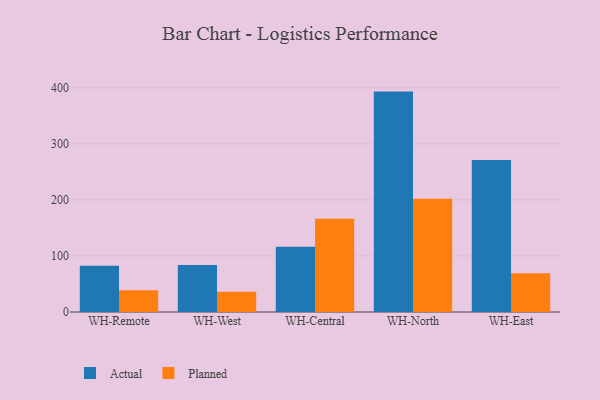
{"axis": {"x": "Warehouse", "y": "Production Output"}, "legend": ["Actual", "Planned"], "data": [{"x": "WH-Remote", "y": 82.4, "type": "Actual"}, {"x": "WH-Remote", "y": 38.9, "type": "Planned"}, {"x": "WH-West", "y": 83.7, "type": "Actual"}, {"x": "WH-West", "y": 36.1, "type": "Planned"}, {"x": "WH-Central", "y": 116.5, "type": "Actual"}, {"x": "WH-Central", "y": 166.4, "type": "Planned"}, {"x": "WH-North", "y": 393.4, "type": "Actual"}, {"x": "WH-North", "y": 202.0, "type": "Planned"}, {"x": "WH-East", "y": 271.4, "type": "Actual"}, {"x": "WH-East", "y": 69.3, "type": "Planned"}]}